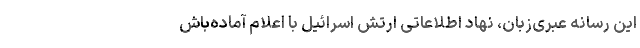
این رسانه عبری‌زبان، نهاد اطلاعاتی ارتش اسرائیل با اعلام آماده‌باش